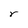
Character: r